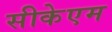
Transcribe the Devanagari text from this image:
सीकेएम